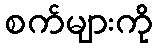
စက်များကို